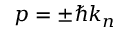
p = \pm \hbar k _ { n }